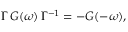
\begin{array} { r } { \Gamma \, G ( \omega ) \, \Gamma ^ { - 1 } = - G ( - \omega ) , } \end{array}